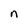
Character: n